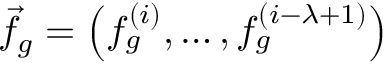
{ \vec { f } _ { g } = \left( f _ { g } ^ { ( i ) } , \dots , f _ { g } ^ { ( i - \lambda + 1 ) } \right) }